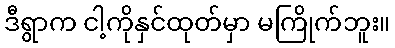
ဒီရွာက ငါ့ကိုနှင်ထုတ်မှာ မကြိုက်ဘူး။